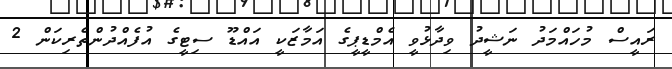
ރައީސް މުހައްމަދު ނަޝީދު ވިދާޅުވީ އެމްޑީޕީގެ އަމާޒަކީ އައްޑޫ ސިޓީގެ އުފެއްދުންތެރިކަން 2